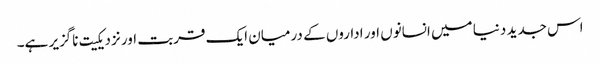
اس جدید دنیا میں انسانوں اور اداروں کے درمیان ایک قربت اور نزدیکیت ناگزیر ہے۔